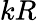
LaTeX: kR